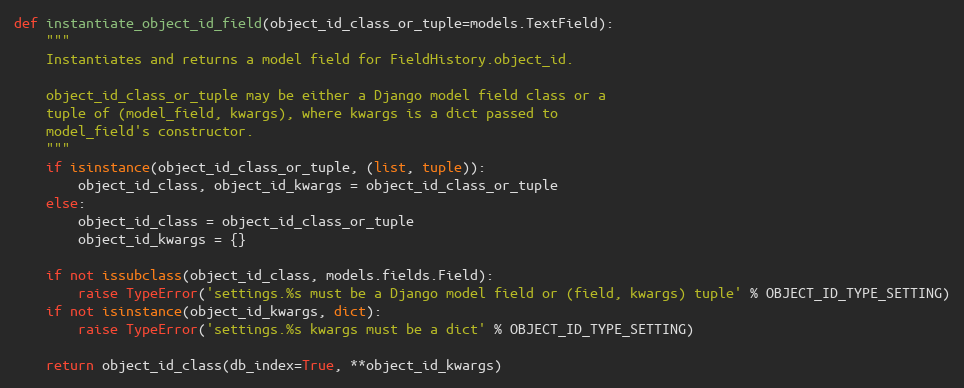
Language: Python
def instantiate_object_id_field(object_id_class_or_tuple=models.TextField):
    """
    Instantiates and returns a model field for FieldHistory.object_id.

    object_id_class_or_tuple may be either a Django model field class or a
    tuple of (model_field, kwargs), where kwargs is a dict passed to
    model_field's constructor.
    """
    if isinstance(object_id_class_or_tuple, (list, tuple)):
        object_id_class, object_id_kwargs = object_id_class_or_tuple
    else:
        object_id_class = object_id_class_or_tuple
        object_id_kwargs = {}

    if not issubclass(object_id_class, models.fields.Field):
        raise TypeError('settings.%s must be a Django model field or (field, kwargs) tuple' % OBJECT_ID_TYPE_SETTING)
    if not isinstance(object_id_kwargs, dict):
        raise TypeError('settings.%s kwargs must be a dict' % OBJECT_ID_TYPE_SETTING)

    return object_id_class(db_index=True, **object_id_kwargs)